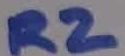
Text: R2